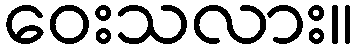
ဝေးသလား။